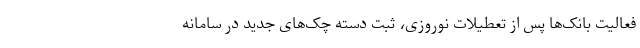
فعالیت بانک‌ها پس از تعطیلات نوروزی، ثبت دسته‌ چک‌های جدید در سامانه